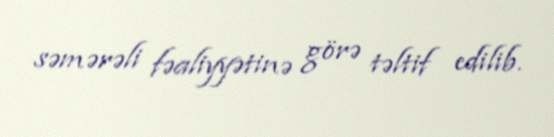
səmərəli fəaliyyətinə görə təltif edilib.